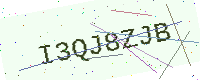
Text: I3QJ8ZJB